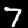
Label: 7